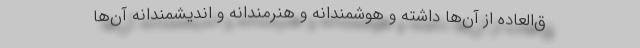
ق‌العاده از آن‌ها داشته و هوشمندانه و هنرمندانه و اندیشمندانه آن‌ها